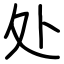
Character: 处